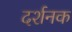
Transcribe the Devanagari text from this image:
दर्शनक